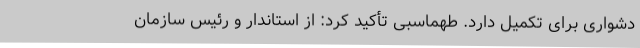
دشواری برای تکمیل دارد. طهماسبی تأکید کرد: از استاندار و رئیس سازمان